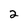
Character: 2